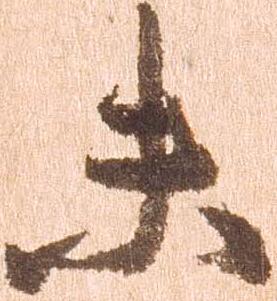
未